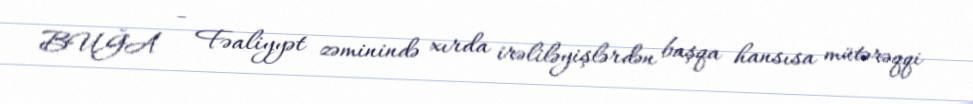
BUĞA - Fəaliyyət zəminində xırda irəliləyişlərdən başqa hansısa mütərəqqi